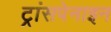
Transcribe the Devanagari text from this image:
ट्रांसपेनाइन